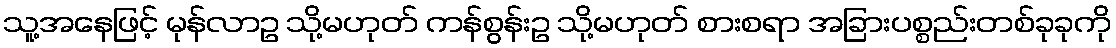
သူ့အနေဖြင့် မုန်လာဥ သို့မဟုတ် ကန်စွန်းဥ သို့မဟုတ် စားစရာ အခြားပစ္စည်းတစ်ခုခုကို